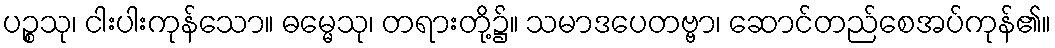
ပဉ္စသု၊ ငါးပါးကုန်သော။ ဓမ္မေသု၊ တရားတို့၌။ သမာဒပေတဗ္ဗာ၊ ဆောင်တည်စေအပ်ကုန်၏။